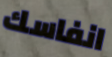
انفاسك